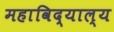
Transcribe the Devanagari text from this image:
महाविद्याल्य